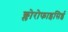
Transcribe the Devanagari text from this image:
क्लोरोफाइसिई